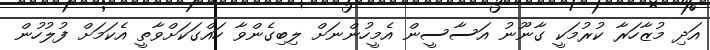
އަދި މުޒާހަރާ ކުރުމަކީ ގާނޫނު އަސާސީން އެމީހުންނަށް ލިބިގެންވާ ހައްގަކަށްވާތީ އެކަމަށް ފުލުހުން